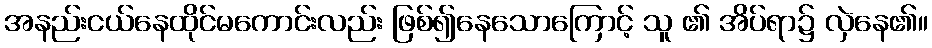
အနည်းငယ်နေထိုင်မကောင်းလည်း ဖြစ်၍နေသောကြောင့် သူ ၏ အိပ်ရာ၌ လှဲနေ၏။